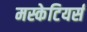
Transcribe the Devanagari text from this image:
मस्केटियर्स